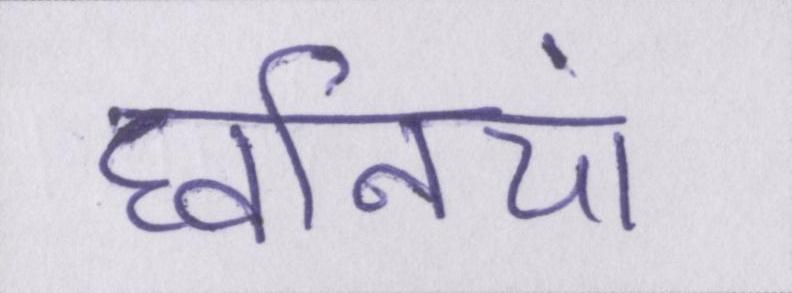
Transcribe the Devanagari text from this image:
घ्वनियां